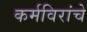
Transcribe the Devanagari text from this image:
कर्मविरांचे